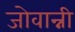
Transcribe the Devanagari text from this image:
जोवान्नी